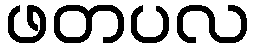
ဖတပလ